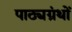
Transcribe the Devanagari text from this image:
पाठ्यग्रंथों